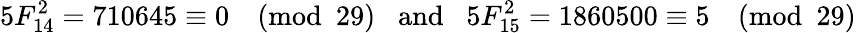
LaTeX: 5F_{14}^{2}=710645\equiv 0{\pmod{29}}\; \; {\mathrm{~and~}}\; \; 5F_{15}^{2}=1860500\equiv 5{\pmod{29}}